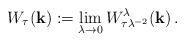
\begin{align*} W_\tau(\mathbf{k}) := \lim_{\lambda\to 0}W^{\lambda}_{\tau\lambda^{-2}}(\mathbf{k})\, .\end{align*}